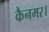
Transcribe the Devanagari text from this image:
कैनमर।